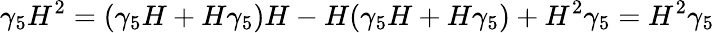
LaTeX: \gamma_{5}H^{2}=(\gamma_{5}H+H\gamma_{5})H-H(\gamma_{5}H+H\gamma_{5})+H^{2}\gamma_{5}=H^{2}\gamma_{5}